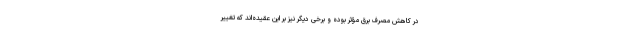
در کاهش مصرف برق مؤثر بوده و برخی دیگر نیز بر این عقیده‌اند که تغییر